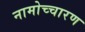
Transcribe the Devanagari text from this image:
नामोच्चारण